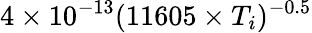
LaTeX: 4\times 10^{-13}(11605\times T_{i})^{-0.5}